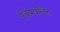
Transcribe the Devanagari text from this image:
पूर्वप्रबलित